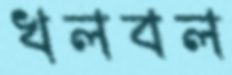
খলবল